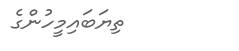
ތިޔަބައިމީހުންގެ